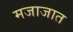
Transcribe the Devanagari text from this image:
मजाजात